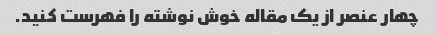
چهار عنصر از یک مقاله خوش نوشته را فهرست کنید.